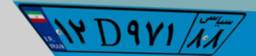
۵۷D۸۴۸۶۴